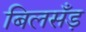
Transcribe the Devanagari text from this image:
बिलसँड़